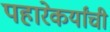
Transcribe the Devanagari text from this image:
पहारेकर्यांची